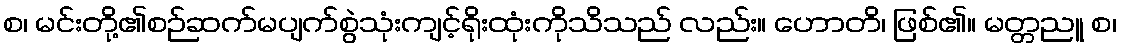
စ၊ မင်းတို့၏စဉ်ဆက်မပျက်စွဲသုံးကျင့်ရိုးထုံးကိုသိသည် လည်း။ ဟောတိ၊ ဖြစ်၏။ မတ္တညူ စ၊